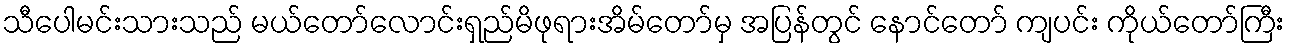
သီပေါမင်းသားသည် မယ်တော်လောင်းရှည်မိဖုရားအိမ်တော်မှ အပြန်တွင် နောင်တော် ကျပင်း ကိုယ်တော်ကြီး